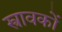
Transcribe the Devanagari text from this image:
स्त्रावकों